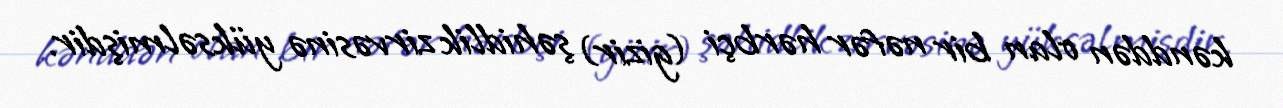
kənddən olan bir nəfər hərbçi (gizir) şəhidlik zirvəsinə yüksəlmişdir.